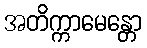
အတိက္ကာမေန္တော